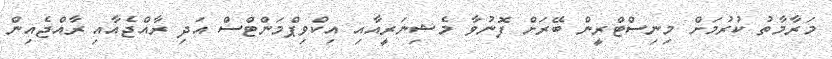
މަރާމާތު ކުރުމަށް މިނިސްޓްރީން ބޭރަށް ފޮނުވާ މެޝިނަރީއާއި އިކްވިޕްމަންޓްސް އަދި ރާއްޖެއާއި ރާއްޖެއިން